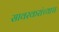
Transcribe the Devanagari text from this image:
सावरकरांच्याच